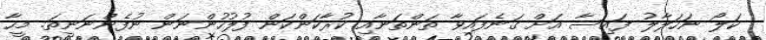
ކަލޯ ނަހަލާލު ފައިސާ އަށް ގަނެފައިވާ ތަންތަނާއި ކުރާކަންކަން ފުލުހުންނަން ނުފެންނަނީތަ. މީހާ